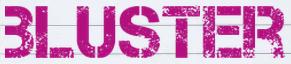
BLUSTER